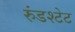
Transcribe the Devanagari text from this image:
रुंडश्टेट